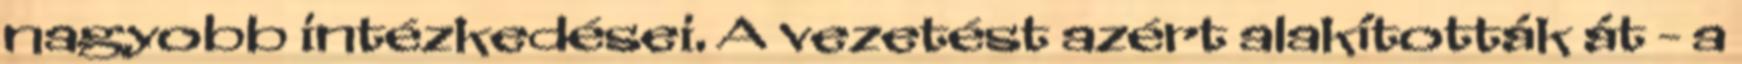
nagyobb intézkedései. A vezetést azért alakították át - a